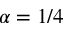
\alpha = 1 / 4